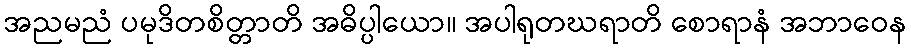
အညမညံ ပမုဒိတစိတ္တာတိ အဓိပ္ပါယော။ အပါရုတဃရာတိ စောရာနံ အဘာဝေန